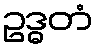
ဥဒ္ဓတံ